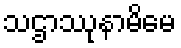
သဌာဿုနာမိမေ